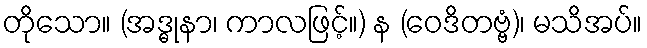
တိုသော။ (အဒ္ဓုနာ၊ ကာလဖြင့်။) န (ဝေဒိတဗ္ဗံ)၊ မသိအပ်။